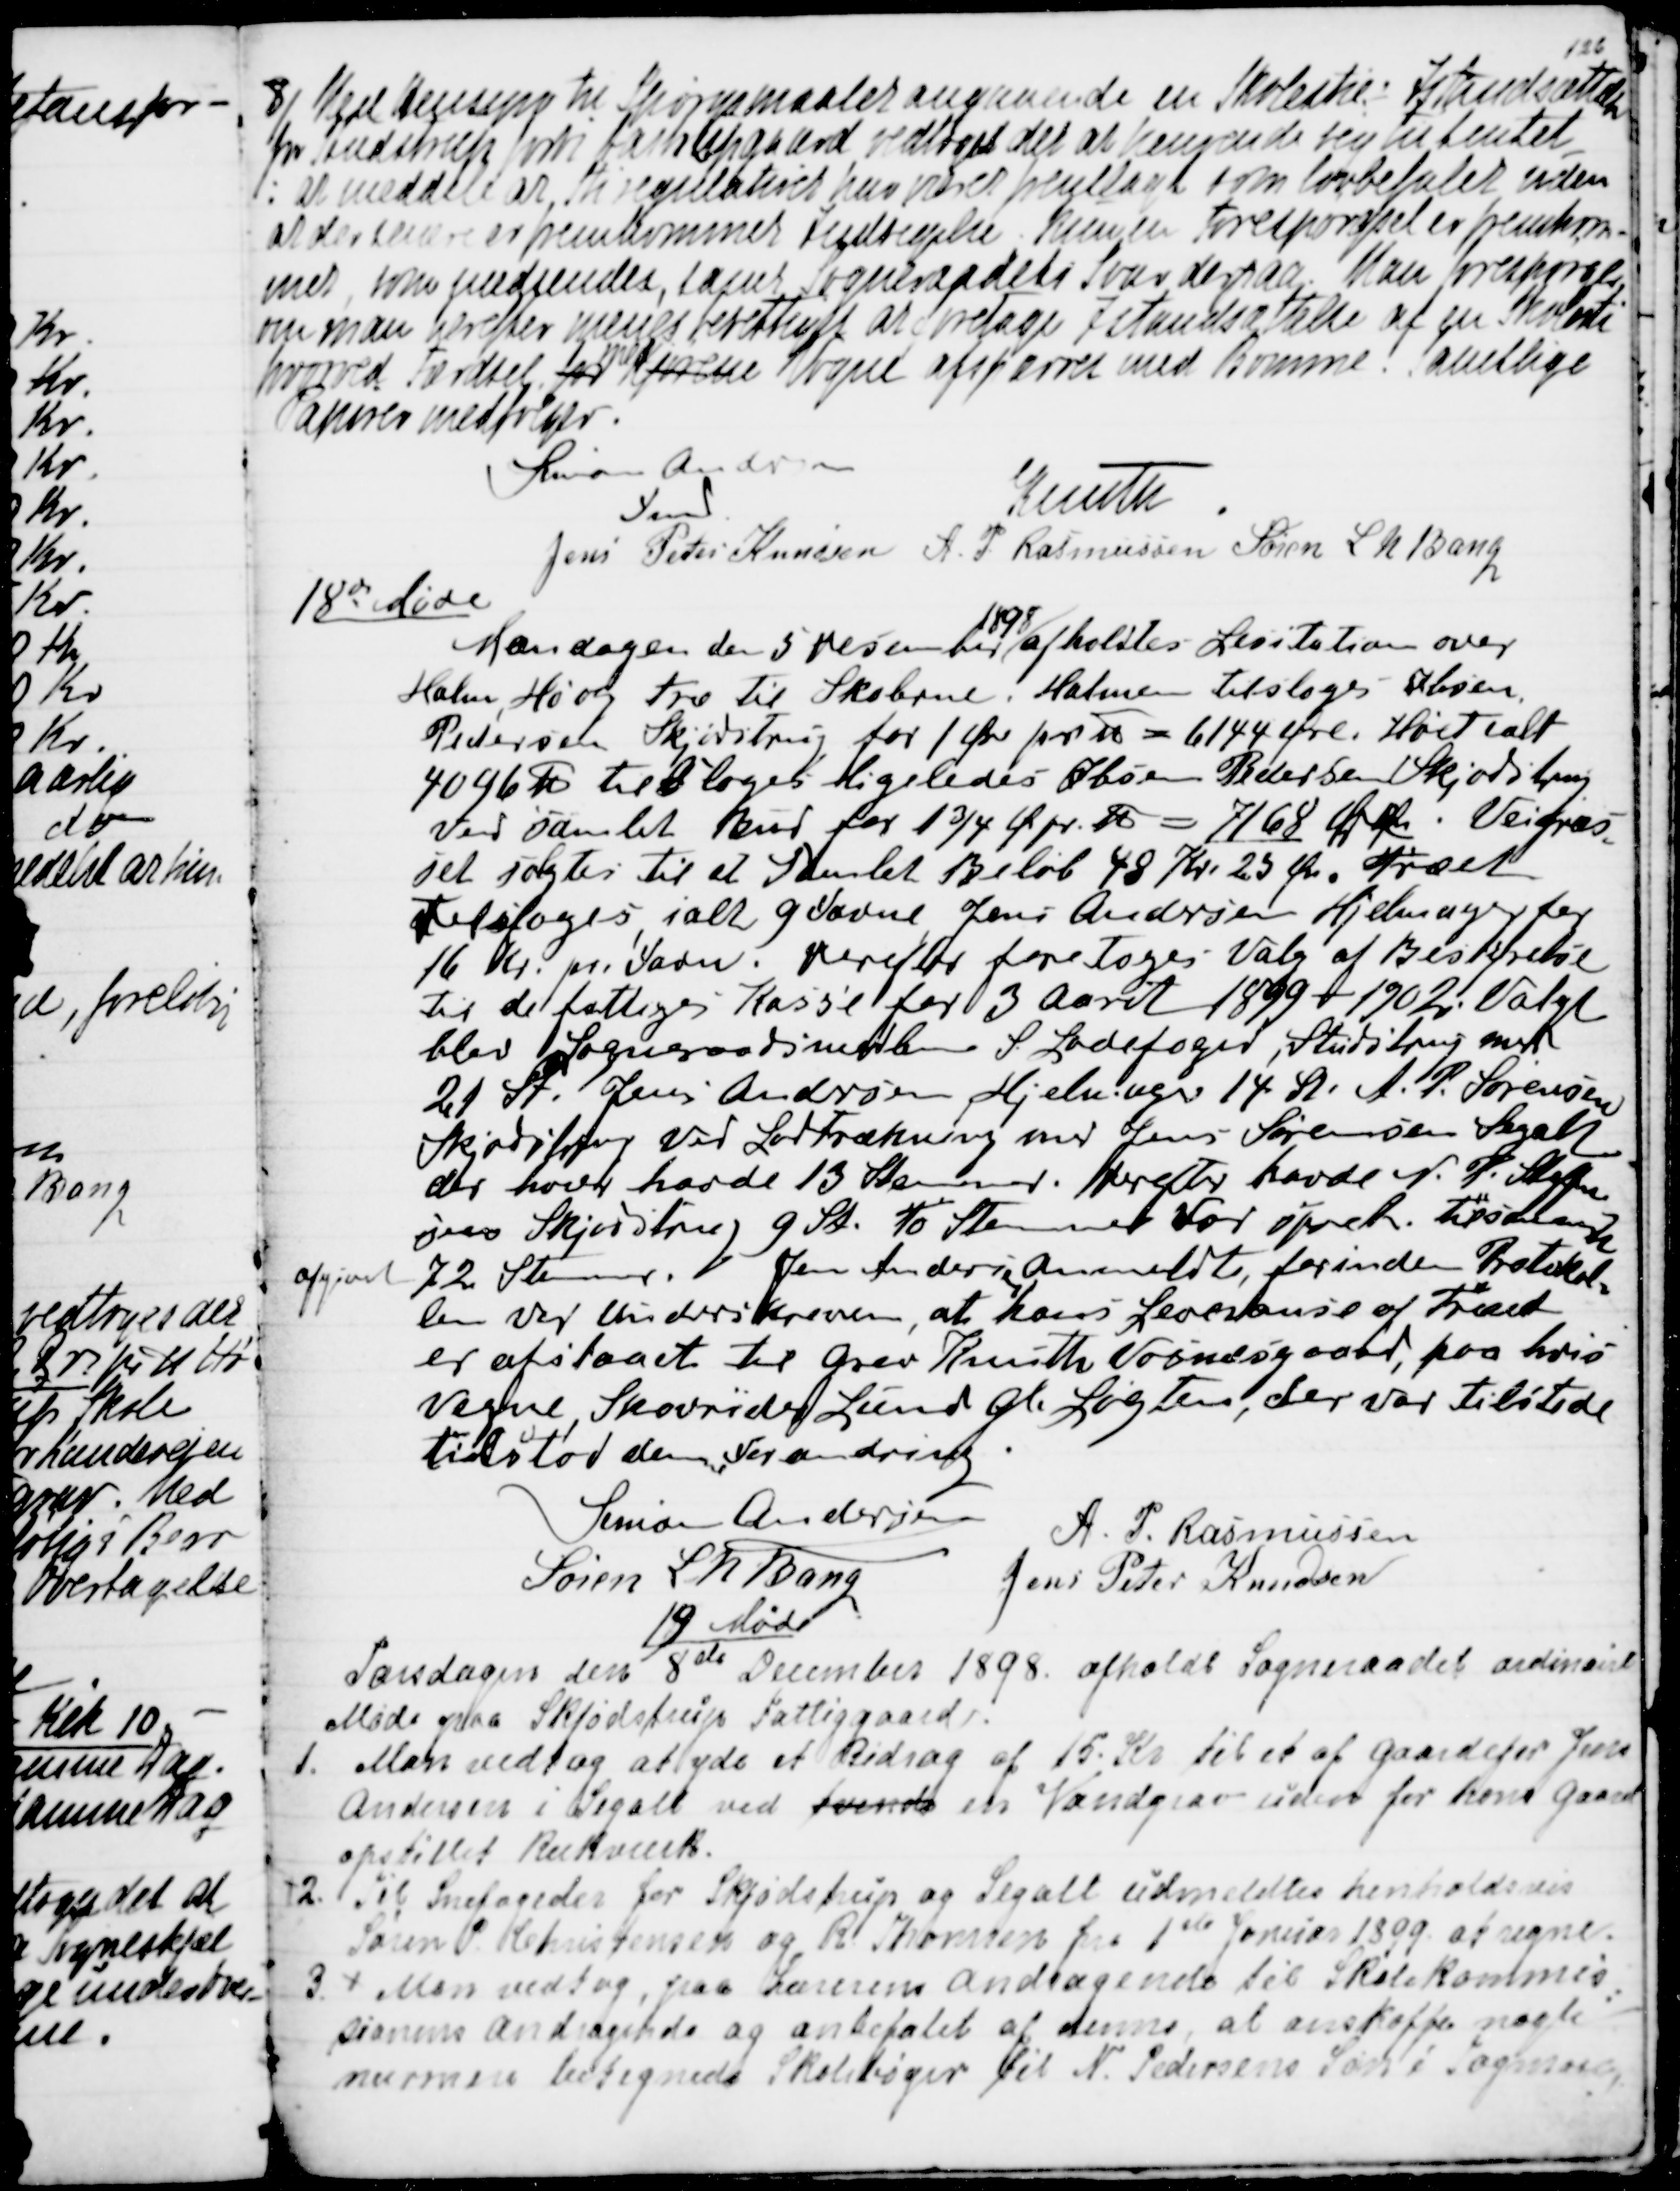
Transskription:
8/ Med Hensyn til Spørgsmaalet angaaende en Skolesties Istandsættelse
fra Studstrup til Aastrupgaard vedtoges det at henvende sig til Amtet
: at meddele at Stiregulativet har været fremlagt som lovbefalet uden
at der senere er fremkommet Indsigelse. kun en Forespørgsel er fremkom-
met som medsendes, samt Sogneraadets Svar derpaa. Man forespørger
om man herefter menes berettiget at overtage Istandsættelse af en Skolesti
hvorved Færdsel for 
med
Kjørende Vogne afspærres med Bomme. Samtlige
Papirer medfølger.
Simon Andersen
Fmd.
Knuth
Jens Peter Knudsen
A. P. Rasmussen
Søren L N Bang

18de Møde
Mandagen den 5 December 
1898
afholdtes Licitation over
Halm, Hø og Træ til Skolerne. Halmen tilsloges Ibsen
Pedersen Skjødstrup for 1 Øre pr ℔ = 6144 Øre. Høet ialt
4046 ℔ tilsloges ligeledes Ibsen Pedersen Skjødstrup 
ved samlet Bud for 1¾ Ø pr. ℔  = 7168 Øre. Vejgræs
=
set solgtes til et Samlet Beløb 48 Kr. 25 Øre. Træet
tilsloges, ialt 9 Favne, Jens Andersen Hjelmsager for
16 Kr. pr. Favn. Derefter foretoges Valg af Bestyrelse
til de fattiges Kasse for 3 Aaret 1899 - 1902. Valgt 
blev Sogneraadsmedlem S. Ladefoged, Studstrup med
21 St. Jens Andersen, Hjelmager 14 St. A. P. Sørensen
Skjødstrup ved Lodtrækning med Jens Sørensen Segalt
der hver havde 13 Stemmer. Herefter havde N. P. Steffan
sen Skjødstrup 9 St. To Stemmer var up  . Tilsammen
afgivet 72 Stemmer. Jens Andersen anmeldte, forinden Protokol
=
len var Underskreven, at hans Leveranse af Træet 
er afstaaet til Grev Knuth Vosnæsgaard, paa hvis
Vegne Skovrider Lund Gl. Løgten, der var tilstede
tilstod den Forandring.
Simon Andersen
A. P. Rasmussen
Søren L. N. Bang
Jens Peter Knudsen

19 Møde
Torsdagen den 8de December 1898 afholdt Sogneraadet ordinairt
Møde paa Skjødstrup Fattiggaard.
1. Man vedtog at yde Bidrag af 15. Kr til et af Gaardejer Jens
Andersen i Segalt ved tvende en Vandgrav uden for hans Gaard
opstillet Rækværk.
2. Til Snefoged for Skjødstrup og Segalt udmeldtes henholdsvis
Søren P. Christensen og R Thomsen fra 1ste Januar 1899 at regne.
3 
Man vedtog, paa Lærerens Andragende til Skolekommis
=
sionens Andragende og anbefalet af denne, at anskaffe nogle
nærmere betegnede Skolebøger til N. Pedersens Søn i Tagmose